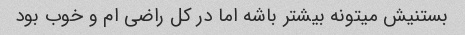
بستنیش میتونه بیشتر باشه اما در کل راضی ام و خوب بود